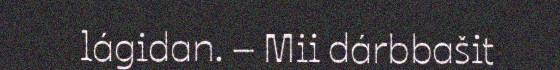
lágidan. – Mii dárbbašit